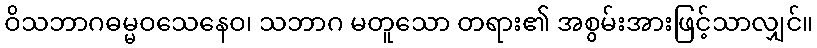
ဝိသဘာဂဓမ္မဝသေနေဝ၊ သဘာဂ မတူသော တရား၏ အစွမ်းအားဖြင့်သာလျှင်။